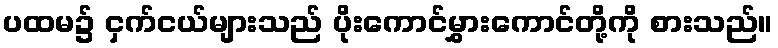
ပထမ၌ ငှက်ငယ်များသည် ပိုးကောင်မွှားကောင်တို့ကို စားသည်။